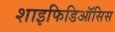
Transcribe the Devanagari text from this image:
शाइफिडिऑसिस